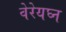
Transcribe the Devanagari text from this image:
वेरेयघ्न